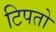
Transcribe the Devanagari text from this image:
टिपतो